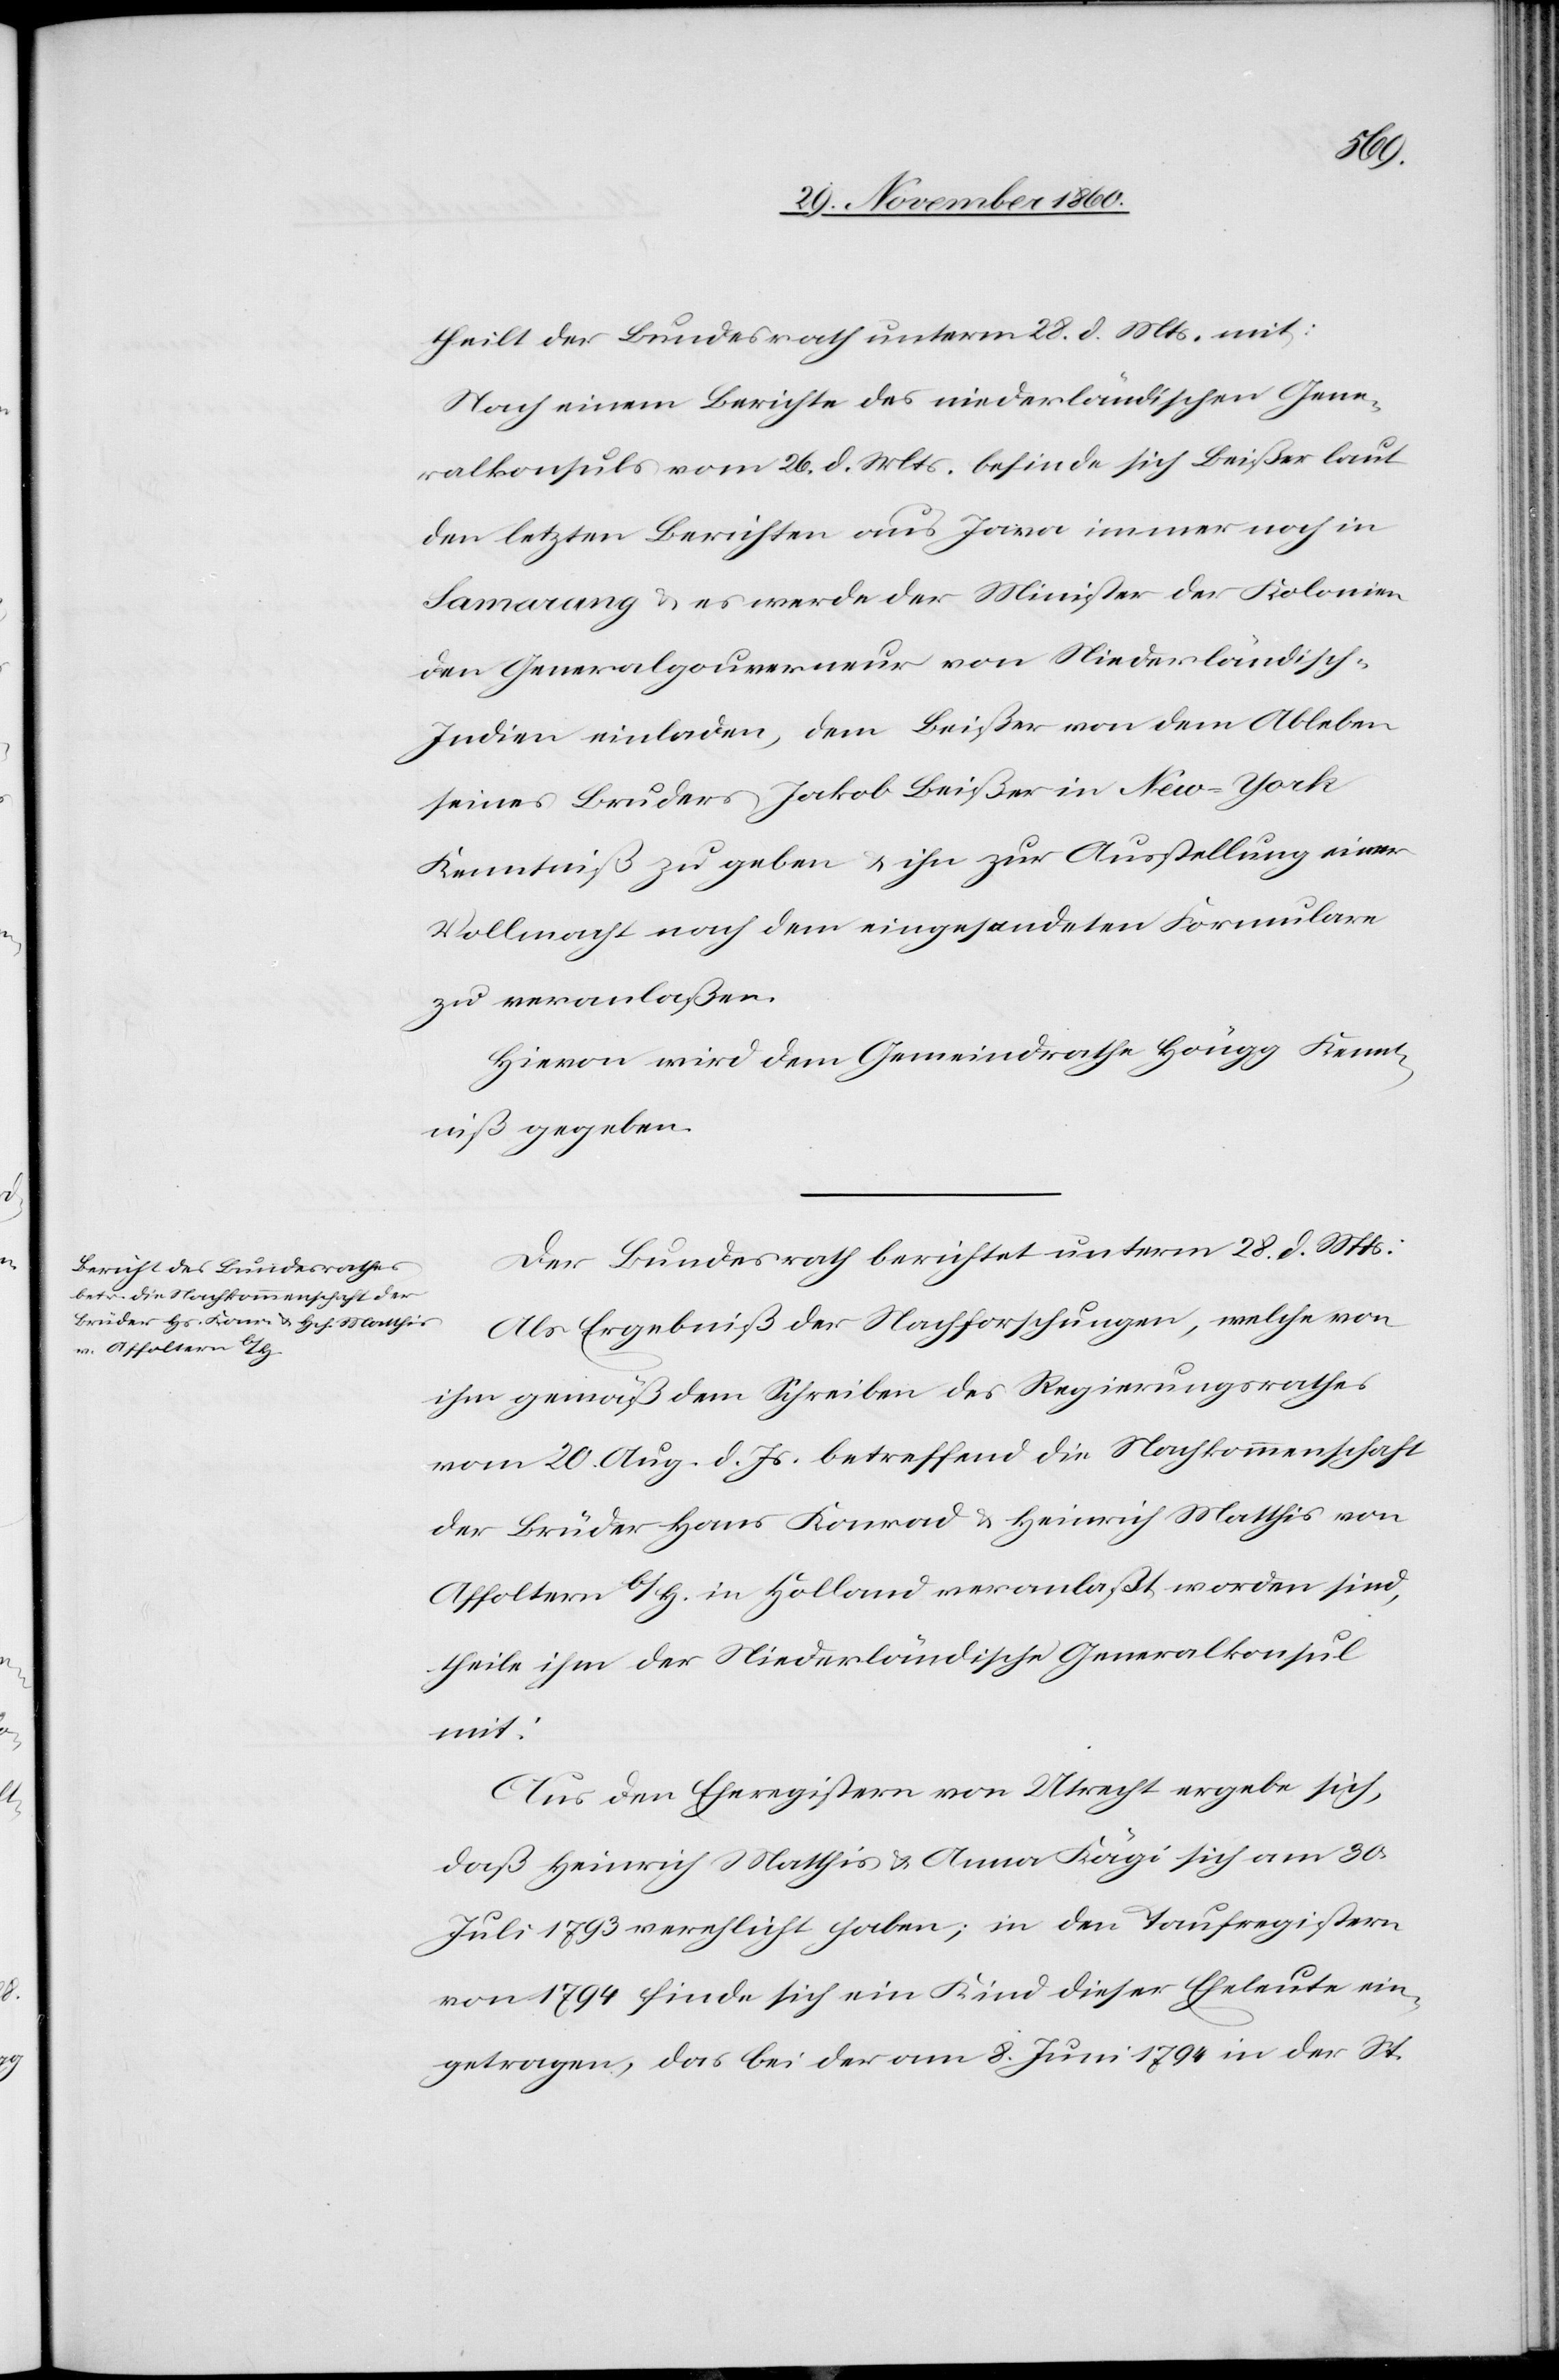
den
30. November 1860.]
theilt der Bundesrath unterm 28. d. Mts. mit:
Nach einem Berichte des niederländischen Gene¬
ralkonsuls vom 26. d. Mts. befinde sich Beißer laut
den letzten Berichten aus Jawa immer noch in
Samarang u. es werde der Minister der Kolonien
den Generalgouverneur von Niederländisch-I¬
ndien einladen, dem Beißer von dem Ableben
seines Bruders Jakob Beißer in New-York
Kenntniß zu geben u. ihn zur Ausstellung einer
Vollmacht nach dem eingesendeten Formulare
zu veranlaßen.
Hievon wird dem Gemeindrathe Höngg Kennt¬
niß gegeben.
Der Bundesrath berichtet unterm 28. d. Mts.:
Als Ergebniß der Nachforschungen, welche von
ihm gemäß dem Schreiben des Regierungsrathes
vom 20. Aug. d. Js. betreffend die Nachkommenschaft
der Brüder Hans Konrad u. Heinrich Matthis von
Affoltern b/H. in Holland veranlaßt worden sind,
theile ihm der Niederländische Generalkonsul
mit:
Aus den Eheregistern von Utrecht ergebe sich,
daß Heinrich Matthis u. Anna Kägi sich am 30.
Juli 1793 verehlicht haben; in den Taufregistern
von 1794 findet sich ein Kind dieser Eheleute ein¬
getragen, das bei der am 8. Juni 1874 in der St.